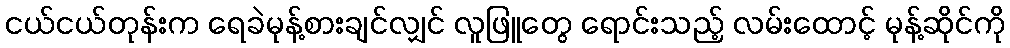
ငယ်ငယ်တုန်းက ရေခဲမုန့်စားချင်လျှင် လူဖြူတွေ ရောင်းသည့် လမ်းထောင့် မုန့်ဆိုင်ကို